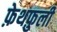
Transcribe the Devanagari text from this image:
फ़ेथफ़ुली